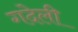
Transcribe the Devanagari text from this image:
गदेली